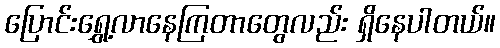
ပြောင်းရွှေ့လာနေကြတာတွေလည်း ရှိနေပါတယ်။